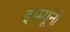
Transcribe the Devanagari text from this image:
इम्म्यूनो